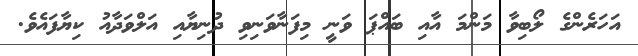
އަހަރެންގެ ލޯބިވާ މަންމަ އާއި ބައްޕަ ވަނީ މިފަނާވަނިވި ދުނިޔާއި އަލްވަދާއު ކިޔާފައެވެ.